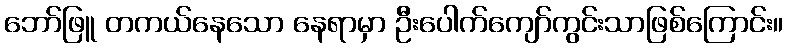
ဘော်ဖြူ တကယ်နေသော နေရာမှာ ဦးပေါက်ကျော်ကွင်းသာဖြစ်ကြောင်း။